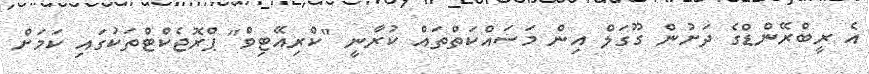
އެ ރީބްރޭންޑްގެ ދަށުން ގޫގަލް އިން މަސައްކަތްތައް ކުރާނީ "ކްރިއޭޓިވް" ޕްރޮޖެކްޓްތަކުގައި ކަމަށް